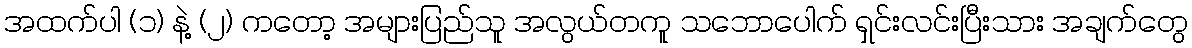
အထက်ပါ (၁) နဲ့ (၂) ကတော့ အများပြည်သူ အလွယ်တကူ သဘောပေါက် ရှင်းလင်းပြီးသား အချက်တွေ